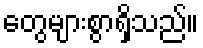
တွေများစွာရှိသည်။